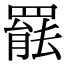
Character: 𮊒